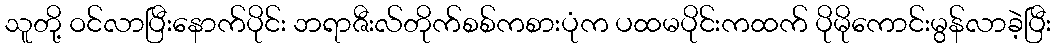
သူတို့ ဝင်လာပြီးနောက်ပိုင်း ဘရာဇီးလ်တိုက်စစ်ကစားပုံက ပထမပိုင်းကထက် ပိုမိုကောင်းမွန်လာခဲ့ပြီး